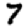
Digit: 7